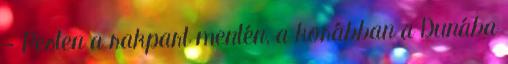
- Pesten a rakpart mentén, a korábban a Dunába